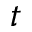
t